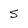
Character: S